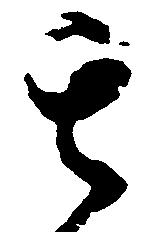
其